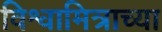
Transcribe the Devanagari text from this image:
विश्वामित्राच्या